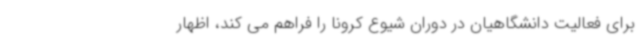
برای فعالیت دانشگاهیان در دوران شیوع کرونا را فراهم می کند، اظهار